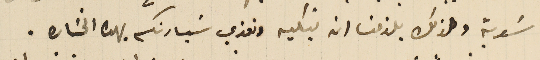
سَوية ولذلك يلزمنا ان نبكيه ونعزي سَيادتكم بهذه الخسَاره.